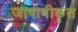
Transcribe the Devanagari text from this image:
जापानीकृत